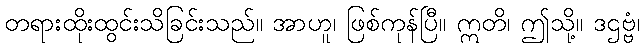
တရားထိုးထွင်းသိခြင်းသည်။ အာဟူ၊ ဖြစ်ကုန်ပြီ။ ဣတိ၊ ဤသို့။ ဒဌဗ္ဗံ၊